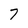
Character: 7